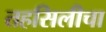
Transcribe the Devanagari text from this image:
तहसिलीचा